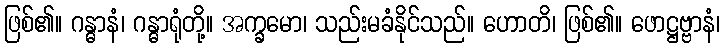
ဖြစ်၏။ ဂန္ဓာနံ၊ ဂန္ဓာရုံတို့။ အက္ခမော၊ သည်းမခံနိုင်သည်။ ဟောတိ၊ ဖြစ်၏။ ဖောဋ္ဌဗ္ဗာနံ၊